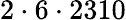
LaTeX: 2\cdot 6\cdot 2310